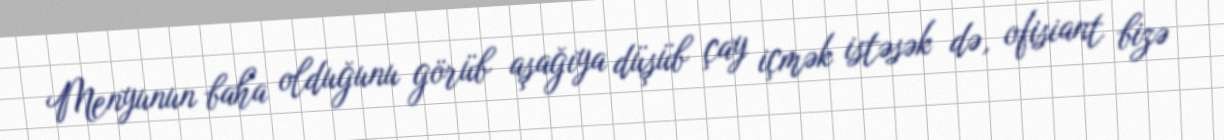
Menyunun baha olduğunu görüb aşağıya düşüb çay içmək istəsək də, ofisiant bizə